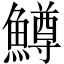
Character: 鱒